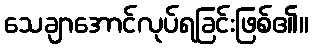
သေချာအောင်လုပ်ရခြင်းဖြစ်၏။